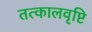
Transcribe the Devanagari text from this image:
तत्कालवृष्टि